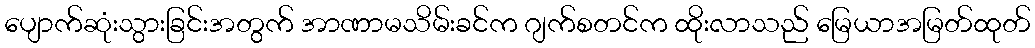
ပျောက်ဆုံးသွားခြင်းအတွက် အာဏာမသိမ်းခင်က ဂျက်စတင်က ထိုးလာသည် မြေယာအမြတ်ထုတ်